Annual report on the health of the army in India
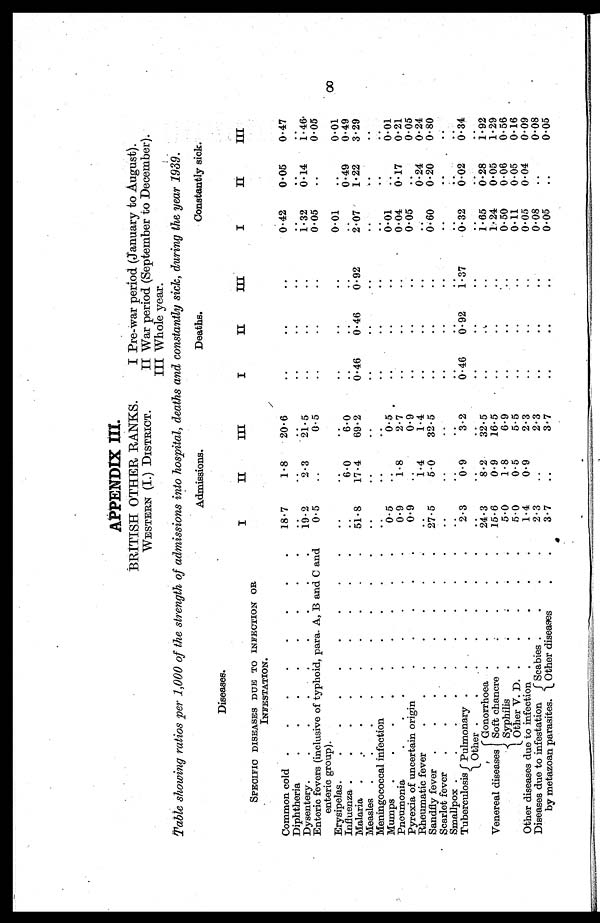
APPENDIX III.
BRITISH OTHER RANKS.
WESTERN (I.) DISTRICT.
I Pre-war period (January to August).
II War period (September to December).
III Whole year.
Table showing ratios per 1,000 of the strength of admissions into hospital, deaths and constantly sick, during the year 1939.
Diseases.
Admissions.
Deaths.
Constantly sick.
SPECIFIC DISEASES DUE TO INFECTION OR
INFESTATION.
I
II
III
I
II
III
I
II
III
Common cold
18.7
1.8
20.6
..
..
..
0.42
0.05
0.47
Diphtheria
..
. .
. .
..
..
..
..
. .
. .
Dysentery.
19.2
2.3
21.5
..
..
..
1.32
0.14
1.46.
Enteric fevers (inclusive of typhoid, para. A, B and C and
enteric group).
0.5
..
0.5
..
..
..
0.05
..
0.05
Erysipelas
..
..
..
..
..
..
0.01
..
0.01
Influenza
..
6.0
6.0
. .
..
..
0.49
0.49
Malaria
51.8
17.4
69.2
0.46
0.46
0.92
2.07
1.22
3.29
Measles
..
..
..
..
..
..
..
..
. .
Meningococcal infection
..
. .
..
.. .. ..
..
..
..
Mumps
0.5
..
0.5
.. .. ..
0.01
..
0.01
Pneumonia
0.9
1. 8
2.7
.. .. ..
0.04
0.17
0.21
Pyrexia of uncertain origin
0.9
..
0.9
..
..
..
0.05
..
0.05
Rheumatic fever
..
1.4
1.4
.. ..
..
..
0.24
0.24
Sandfly fever
27.5
5.0
32.5
.. .. ..
0.60
0.20
0.80
Scarlet fever
..
..
..
..
..
..
..
..
..
Smallpox
..
..
..
.. ..
..
..
..
..
Tuberculosis Pulmonary
2.3
0.9
3.2
0.46
0.92
1.37
0.32
0.02
0.34
Other
..
..
.. .. ..
..
..
..
Venereal diseases
Gonorrhoea
24.3
8.2
32. 5
.. .. ..
1.65
0.28
1.92
Soft chancre
15. 6
0.9
16.5
..
..
..
1.24
0.05
1.29
Syphilis
5.0
1.8
6.9
..
..
..
0.50
0.06
0.56
Other V. D.
5.0
0.5
5.5
.. .. ..
0.11
0.05
0.16
Other diseases due to infection
1.4
0.9
2.3
.. .. ..
0.05
0.04
0.09
Diseases due to infestation
by metazoan parasites.
Scabies
2.3
..
2. 3
.. ..
..
0.08
..
0.08
Other diseases
3.7
..
3. 7
.. .. ..
0.05
..
0.05
8